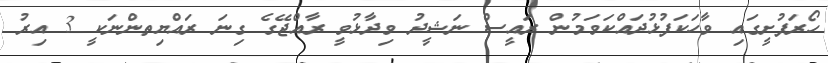
ހޯރަފުށީގައި ވާހަކަފުޅުދައްކަވަމުން ރައީސް ނަޝީދު ވިދާޅުވީ ރާއްޖޭގެ ގިނަ ރައްޔިތންނަކީ 3 އިރު